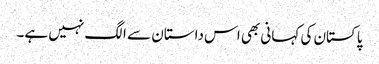
پاکستان کی کہانی بھی اس داستان سے الگ نہیں ہے۔